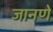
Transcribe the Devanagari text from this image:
जानणे